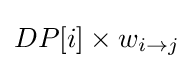
DP[i]\times w_{i\to j}